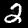
Digit: 2